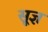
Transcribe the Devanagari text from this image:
सू़ज्ञ